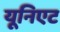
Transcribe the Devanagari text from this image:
यूनिएट